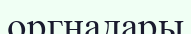
оргнадары